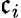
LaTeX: \mathfrak{c}_{i}